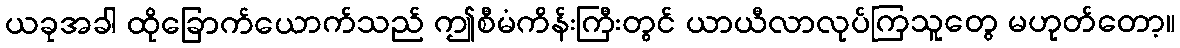
ယခုအခါ ထိုခြောက်ယောက်သည် ဤစီမံကိန်းကြီးတွင် ယာယီလာလုပ်ကြသူတွေ မဟုတ်တော့။